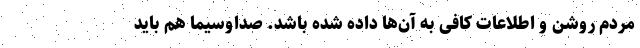
مردم روشن و اطلاعات کافی به آن‌ها داده شده باشد. صداوسیما هم باید